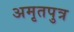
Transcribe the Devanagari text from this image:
अमृतपुत्र